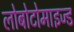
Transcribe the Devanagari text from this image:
लोबोटोमाइज्ड